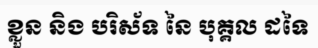
ខ្លួន និង បរិស័ទ នៃ បុគ្គល ដទៃ